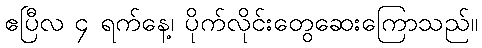
ဧပြီလ ၄ ရက်နေ့၊ ပိုက်လိုင်းတွေဆေးကြောသည်။